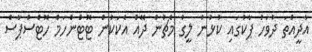
އާދީއްތަ ދުވަހު ޕާކުގައި ކުޅުނު ލީގު މެޗުން ދޭއް އެކަކުން ޓޮޓްންހަމް ހޮޓްސްޕާސް